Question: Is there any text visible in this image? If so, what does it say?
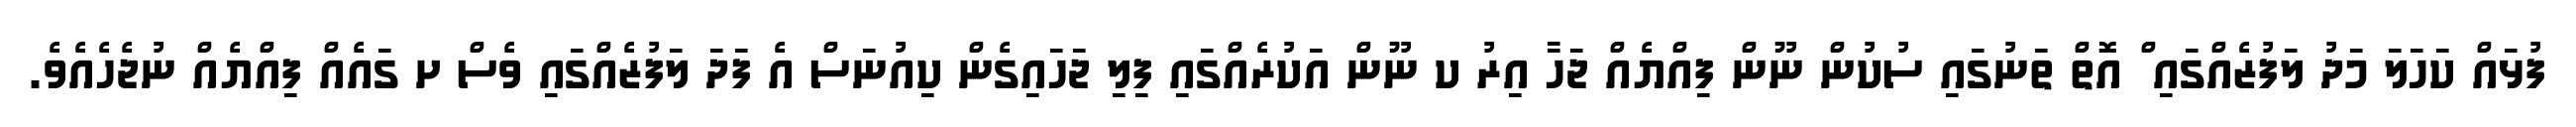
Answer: ފުޅައް ކަހަލަ މަދު ލަފުޒެއްގައި ް އޮތް ތަނުގައި ސުކުން ނޫން ފިއްޔެއް ޖަހާ އިރު ކ ނޫން އަކުރެއްގައި ފިލި ޖަހައިގެން ކިއުނަސް އެ ފަދަ ލަފުޒެއްގައި ވެސް ށ ގައެއް ފިއްޔެއް ނުޖެހެއެވެ.